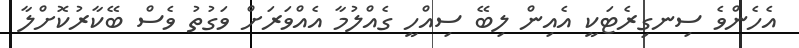
އެހެންވެ ސިނގިރެޓަކީ އެއިން ލިބޭ ސިއްހީ ގެއްލުމާ އެއްވަރަށް ވަގުތު ވެސް ބޭކާރުކޮށްލާ